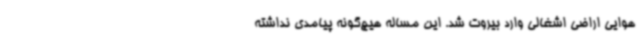
هوایی اراضی اشغالی وارد بیروت شد. این مساله هیچ‌گونه پیامدی نداشته